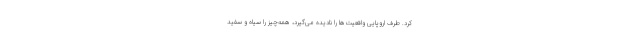
کرد. طرف اروپایی واقعیت‌ها را نادیده می‌گیرد، همه‌چیز را سیاه و سفید